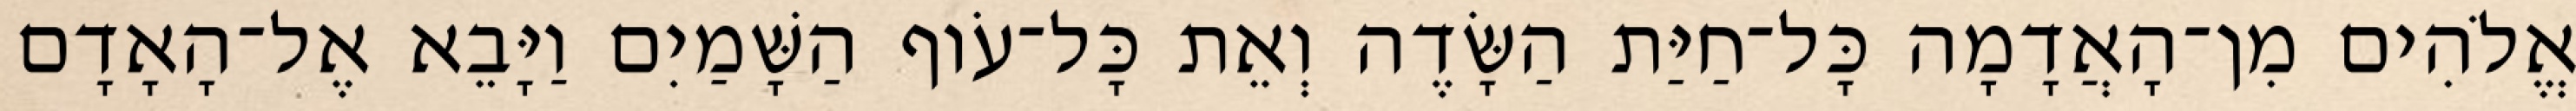
אֱלֹהִים מִן־הָאֲדָמָה כָּל־חַיַּת הַשָּׂדֶה וְאֵת כָּל־עֹוף הַשָּׁמַיִם וַיָּבֵא אֶל־הָאָדָם